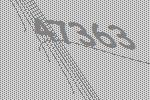
47363